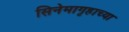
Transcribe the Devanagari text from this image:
सिनेमागृहाच्या